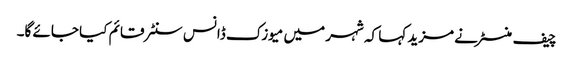
چیف منسٹر نے مزید کہا کہ شہر میں میوزک ڈانس سنٹر قائم کیا جائے گا۔